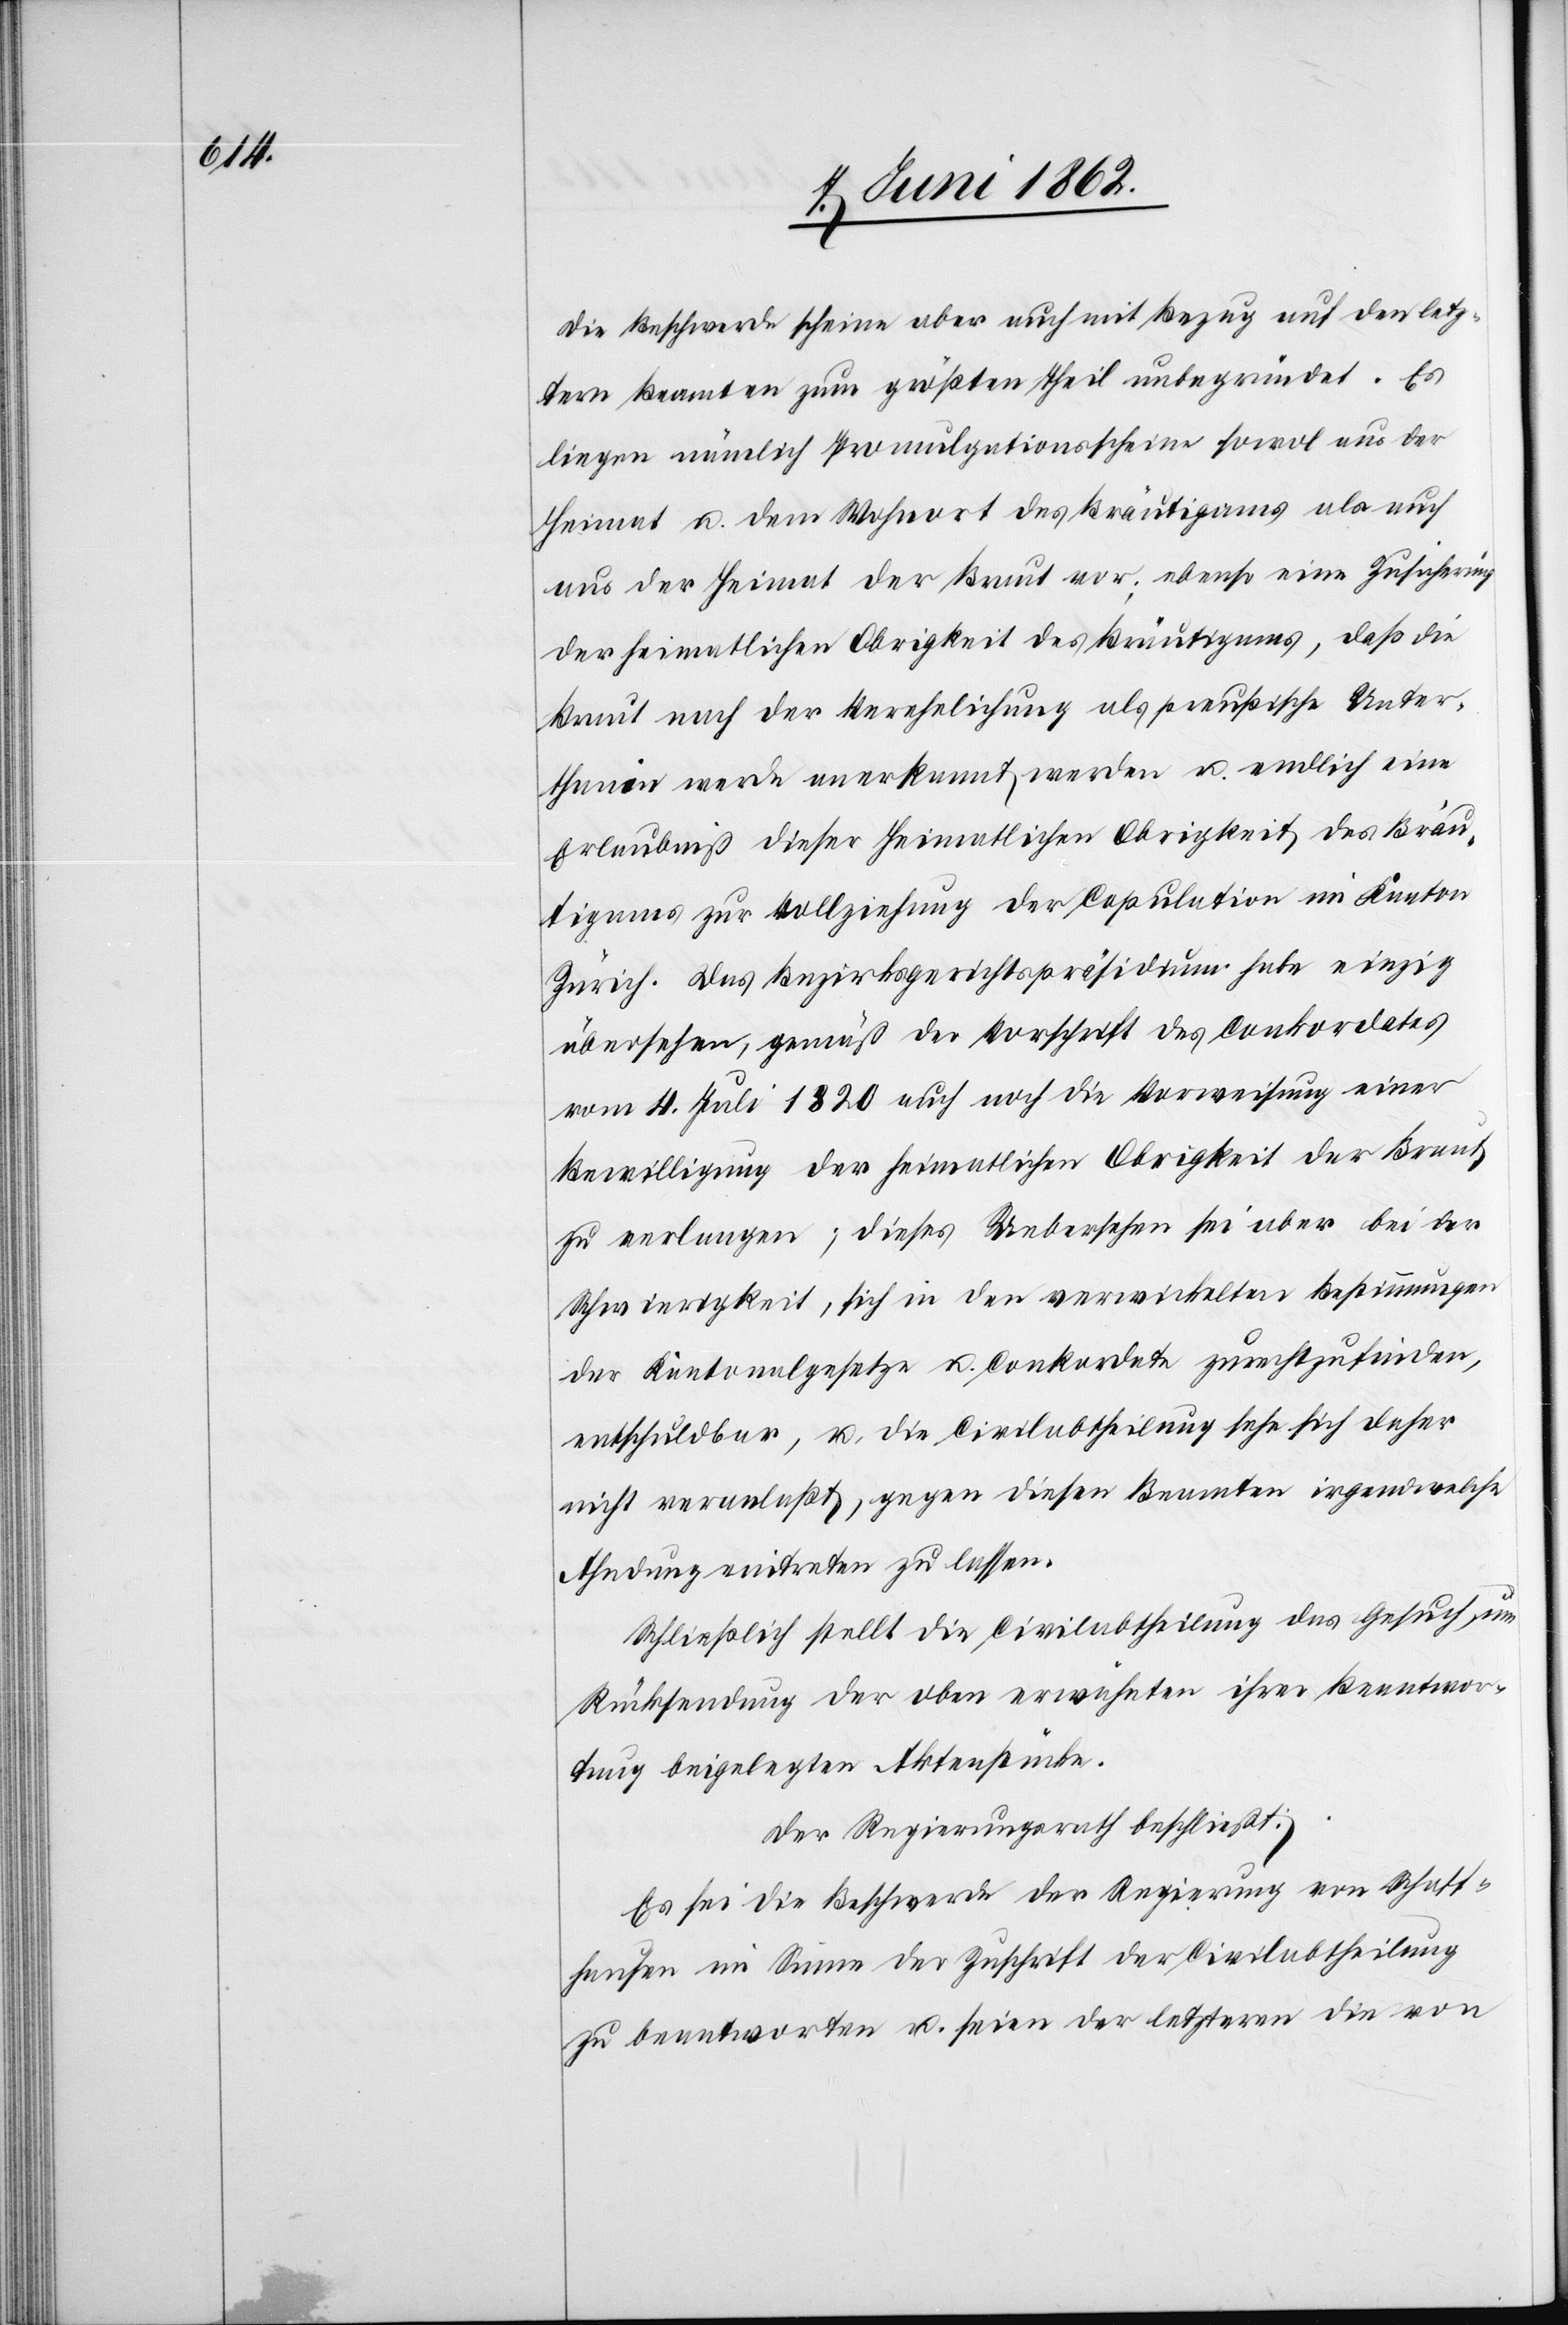
Die Beschwerde erschiene aber auch mit Bezug auf den letz¬
tern Beamten zum größten Theil unbegründet. Es
liegen nämlich Promulgationsscheine sowol aus der
Heimat u. dem Wohnort des Bräutigams als auch
aus der Heimat der Braut vor; ebenso eine Zusicherung
der heimatlichen Obrigkeit des Bräutigams, daß die
Braut nach der Verehelichung als preußische Unter¬
thanin werde anerkannt werden u. endlich eine
Erlaubniß dieser Heimatlichen Obrigkeit des Bräu¬
tigams zur Vollziehung der Copulation im Kanton
Zürich. Das Bezirksgerichtspräsidium habe einzig
übersehen, gemäß der Vorschrift des Conkordates
vom 4. Juli 1820 auch noch die Vorweisung einer
Bewilligung der heimatlichen Obrigkeit der Braut
zu verlangen; dieses Uebersehen sei aber bei der
Schwierigkeit, sich in den verwickelten Bestimmungen
der Kantonalgesetze u. Conkordate zurechtzufinden,
entschuldbar, u. die Civilabtheilung sehe sich daher
nicht veranlaßt, gegen diesen Beamten irgendwelche
Ahndung eintreten zu lassen.
Schließlich stellt die Civilabtheilung das Gesuch, um
Rücksendung der oben erwähnten ihrer Beantwor¬
tung beigelegten Aktenstücke.
Der Regierungsrath beschließt:
Es sei die Beschwerde der Regierung von Schaff¬
hausen im Sinne der Zuschrift der Civilabtheilung
zu beantworten u. seien der letzteren die von